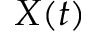
X ( t )